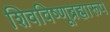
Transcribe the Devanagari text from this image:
शिवविष्णूब्रह्मारूप